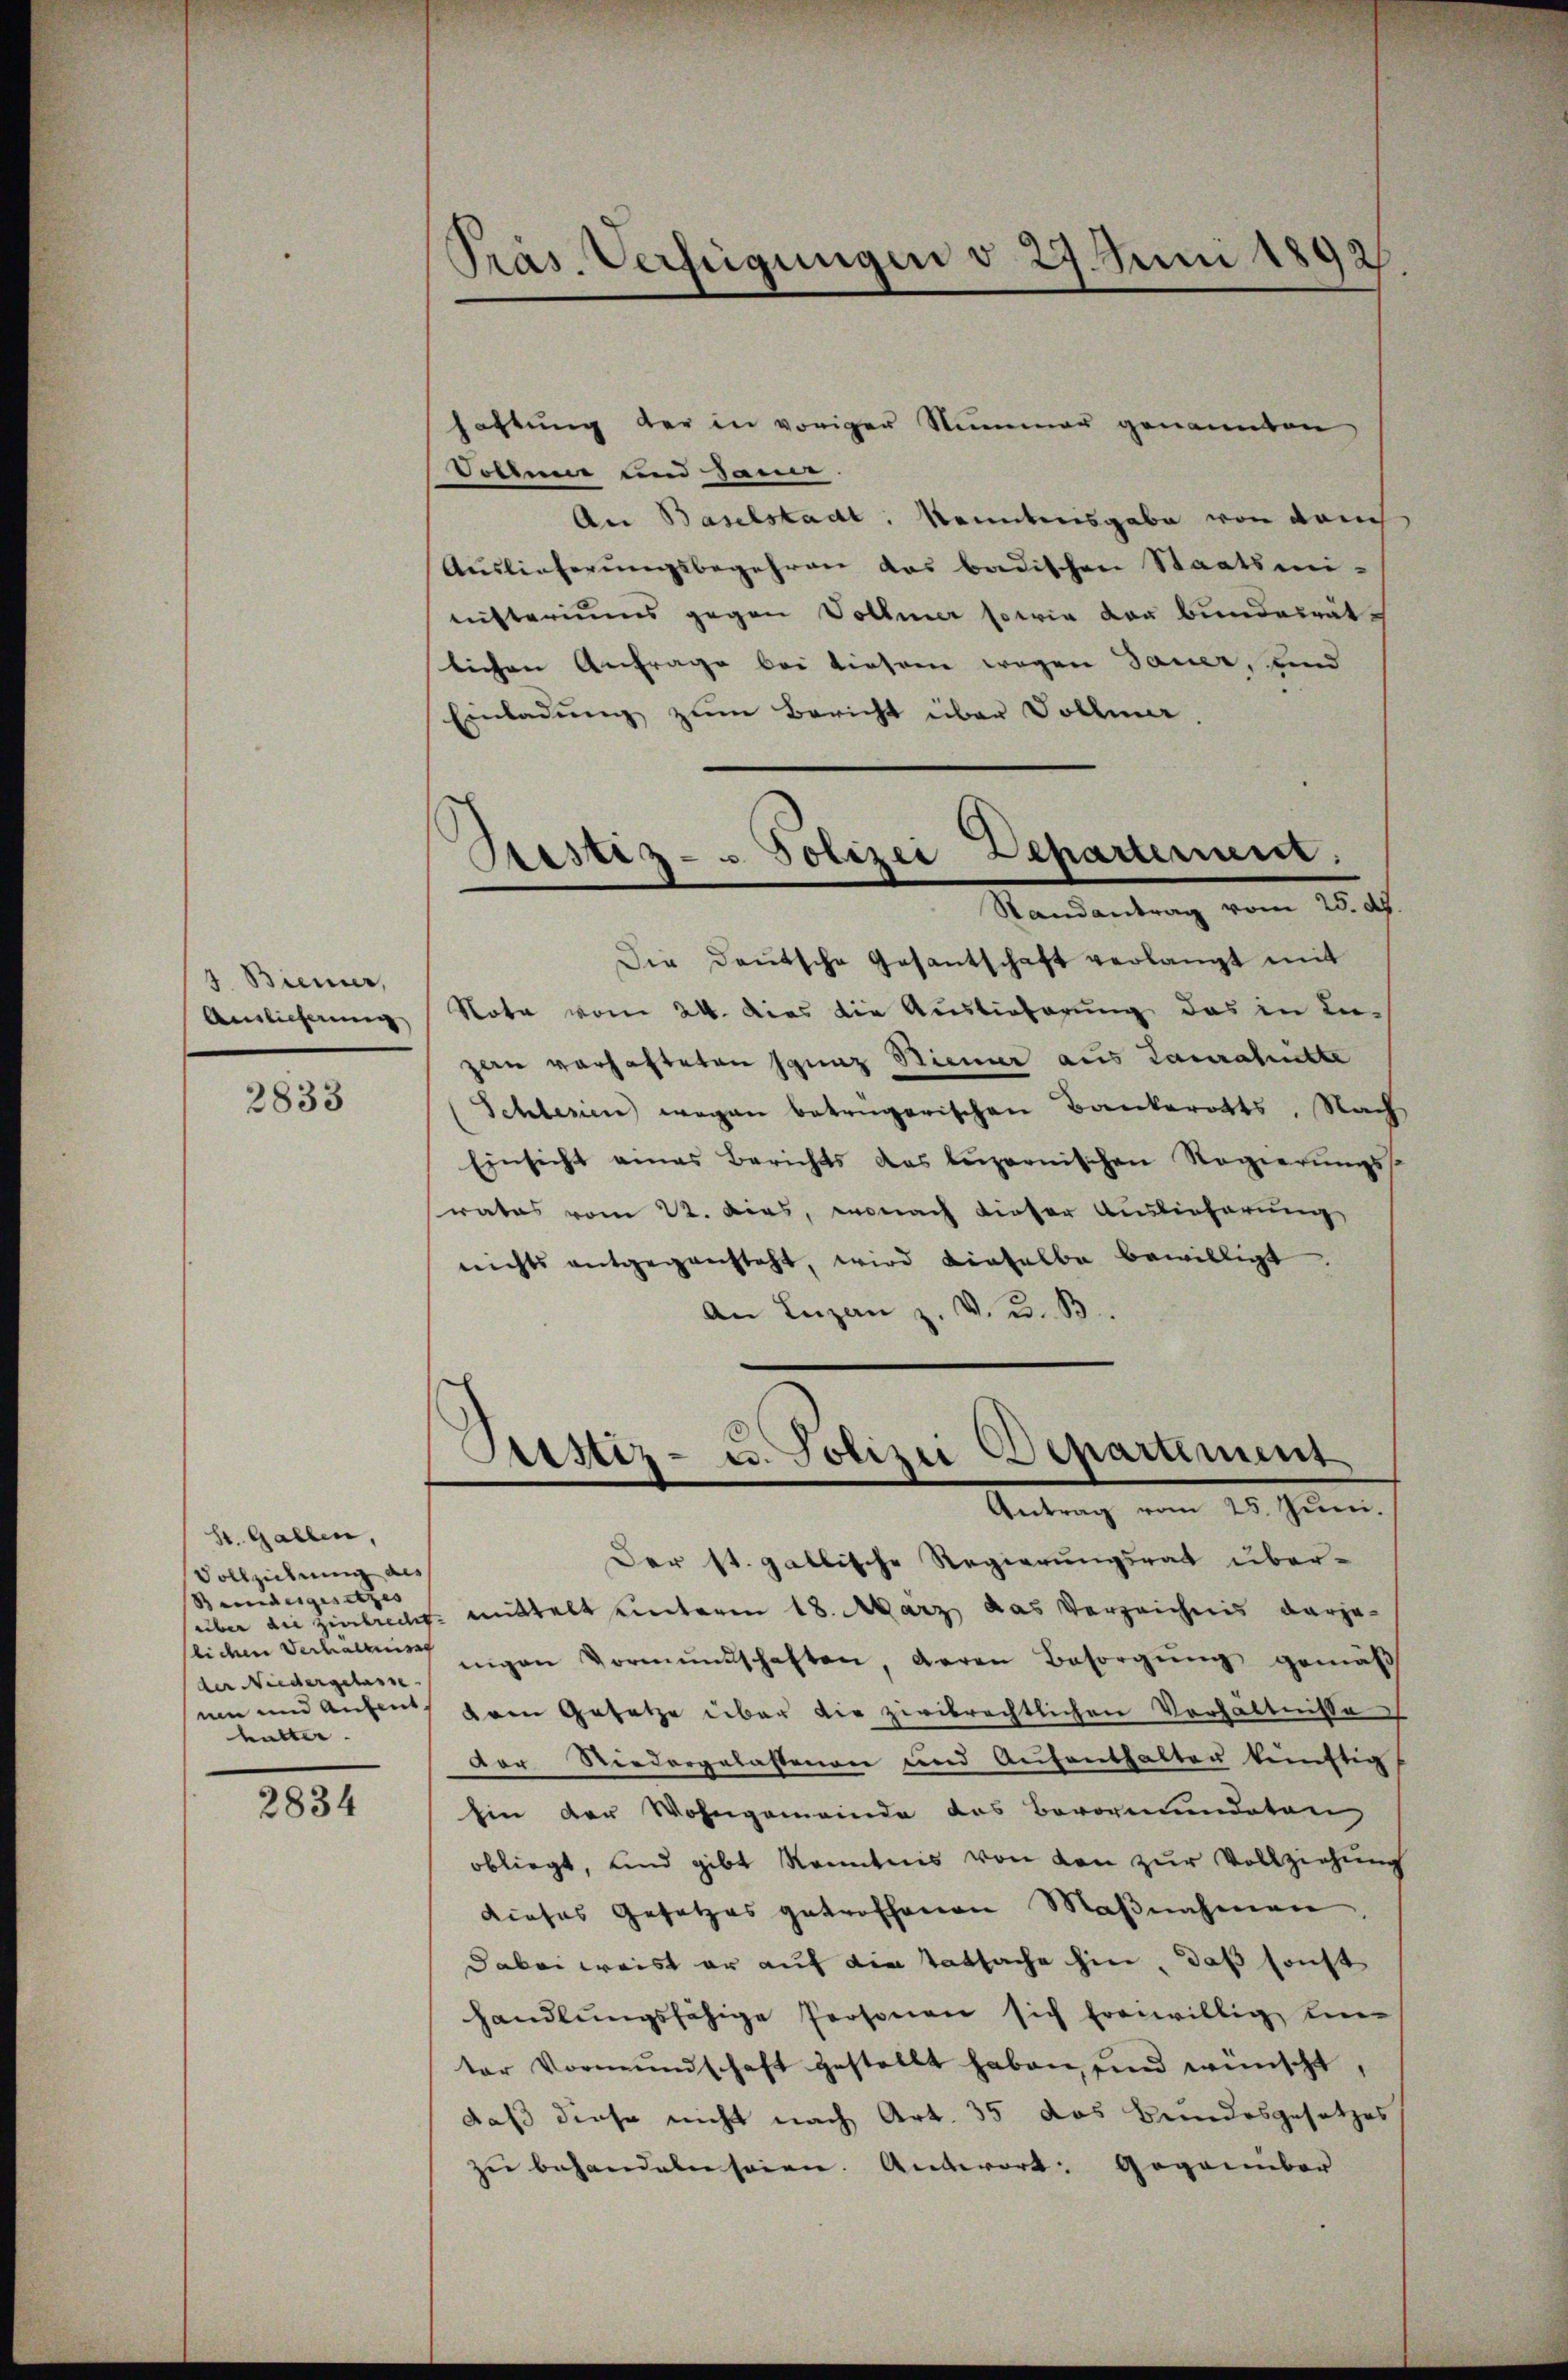
4 Biener,
Auslieferung

2833

St. Gallen,
Vollziehung des
Beundesgesetzes
lichen Verhältniss
der Niedergelasse.
ne und Aufent-
hütter.

2834

Präs. Verfügungen d. 27. Juni 1892.

haftung der in voriger Nummer genannten
Vollene und same.
An Baselstadt: Kenntnisgabe von vom
Auslieferŭngsbegehren das badischen Staatsmi-
nisteriums gegen Vollmer sowie von Bundesrät-
lichen Anfrage bei diesem wegen dauer, und
Einladung zum Bericht über Dollma

Die Deutsche Gesantschaft verlangt mit
Nota vom 24. dies die Auslieferung das in Le-
zwen verhafteten Ignaz Stimmer aus Lanabutte
Schlesien wegen betrügerischen Bankerotts, Nach
Einsicht eines Berichts das luzernischen Regierŭngs
rates vom 22. Diens, wonach dieser Auslieferung
nichts entgegensteht, wird dieselbe bewilligt
An Luzan z. v. u. B

Bestiz- & Polizei Departement.
Randantrag vom 25. ds

stiz- u. Polizei Departement
Antrag vom 25. Juni.

Der st. gallische Regierungsrat überüber die zinbrecht mittelt unterm 18. März das Verzeichnis darge-
nigen Vormundschaften, deren Besorgŭng gemäβ
dren Gesetze über die zivilrechtlichen Verhältnisse
Der Niedergelastenen und Aufenthalter künftig
hin der Wohngemeinde das Bevormundeten
obliegt, und gibt kenntnis von den zur Vollziehung
dieses Gesetzes getroffenen Maßnahmen
dabei weist er auf die Tatsache hin, daß sonst
handlŭngsfähige Personen sich freiwillig ei
ter Vormŭndschaft gestellt haben, sind wünscht,
daß diese nicht nach Art. 35 das Bundesgesetzes
zŭ behandeln seien. Antwort: Gegenüber